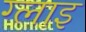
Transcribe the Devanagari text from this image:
ग्लाइ